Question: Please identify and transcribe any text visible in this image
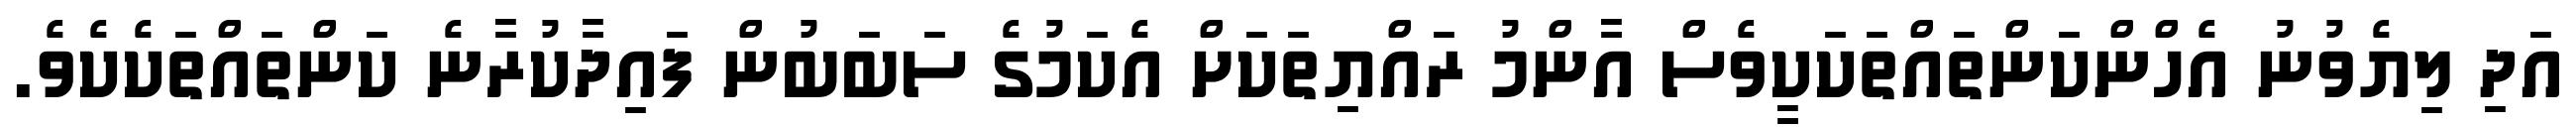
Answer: އަދި ލިޔެވުނު އެހްންކަންތައްތަކަކީވެސް އާންމު ރައްޔިތަކަށް އެކަމުގެ ސަބަބުން ފައިދާކުރާނެ ކަންތައްތަކެކެވެ.